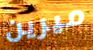
ميرين